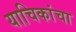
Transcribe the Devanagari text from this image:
याचिकांचा